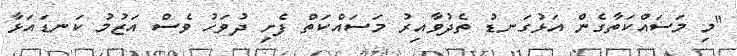
"މި މަސައްކަތާގެން އަޅުގަނޑު ތެދުވާއިރު މަސައްކަތް ފެށި ދުވަހު ވެސް އަޒުމު ކަނޑައަޅާ